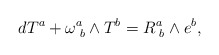
\begin{align*}d T^{a} + \omega^{a}_{\,\,b}\wedge T^{b} = R^{a}_{\,\,b}\wedge e^{b},\end{align*}